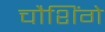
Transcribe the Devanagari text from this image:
चौशिंगे